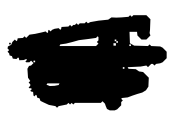
Text: of
Cross-out: scratch
Writing tool: digital_black